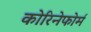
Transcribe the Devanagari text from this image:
कोरिनेफोर्म